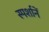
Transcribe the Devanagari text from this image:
स्पर्शानें